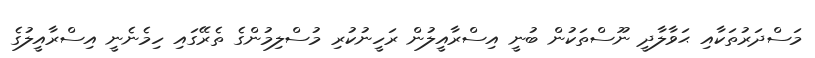
މަސްދަރުތަކާއި ޙަވާލާދީ ނޫސްތަކުން ބުނީ އިސްރާއީލުން ރަހީނުކުރި މުސްލިމުންގެ ތެރޭގައި ހިމެނެނީ އިސްރާއީލުގެ